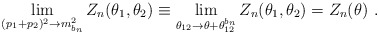
\begin{align*}\lim_{(p_{1}+p_{2})^{2}\rightarrow m_{b_{n}}^{2}}Z_{n}(\theta _{1},\theta_{2})\equiv \lim_{\theta _{12}\rightarrow \theta +\theta_{12}^{b_{n}}}Z_{n}(\theta _{1},\theta _{2})=Z_{n}(\theta )~.\end{align*}